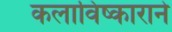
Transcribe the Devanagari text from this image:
कलाविष्काराने